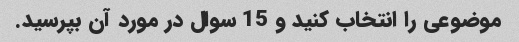
موضوعی را انتخاب کنید و 15 سوال در مورد آن بپرسید.